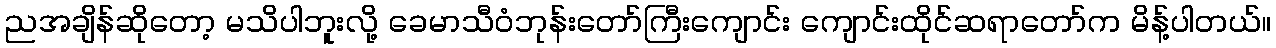
ညအချိန်ဆိုတော့ မသိပါဘူးလို့ ခေမာသီဝံဘုန်းတော်ကြီးကျောင်း ကျောင်းထိုင်ဆရာတော်က မိန့်ပါတယ်။